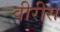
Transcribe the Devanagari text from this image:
वीरीस